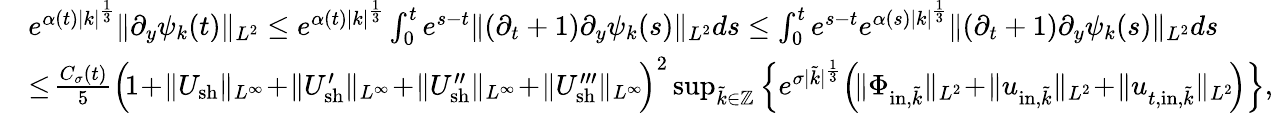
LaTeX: \begin{array}{rl}&{e^{\alpha(t)|k|^{\frac{1}{3}}}\| \partial_{y}\psi_{k}(t)\| _{L^{2}}\leq e^{\alpha(t)|k|^{\frac{1}{3}}}\int_{0}^{t}e^{s-t}\| (\partial_{t}+1)\partial_{y}\psi_{k}(s)\| _{L^{2}}ds\leq\int_{0}^{t}e^{s-t}e^{\alpha(s)|k|^{\frac{1}{3}}}\| (\partial_{t}+1)\partial_{y}\psi_{k}(s)\| _{L^{2}}ds}\\ &{\leq\! \frac{C_{\sigma}(t)}{5}\Big(\! 1\! +\! \| U_{\mathrm{sh}}\| _{L^{\infty}}\! +\! \| U_{\mathrm{sh}}^{\prime}\| _{L^{\infty}}\! +\! \| U_{\mathrm{sh}}^{\prime\prime}\| _{L^{\infty}}\! +\! \| U_{\mathrm{sh}}^{\prime\prime\prime}\| _{L^{\infty}}\! \Big)^{2}\operatorname*{sup}_{\tilde{k}\in\mathbb Z}\Big\{ e^{\sigma|\tilde{k}|^{\frac{1}{3}}}\Big(\! \| \Phi_{\mathrm{in},\tilde{k}}\| _{L^{2}}\! +\! \| u_{\mathrm{in},\tilde{k}}\| _{L^{2}}\! +\! \| u_{t,\mathrm{in},\tilde{k}}\| _{L^{2}}\! \Big)\Big\} ,}\end{array}